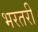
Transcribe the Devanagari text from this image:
भरतरी